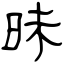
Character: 昧